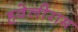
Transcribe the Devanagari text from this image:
हवेलीराम